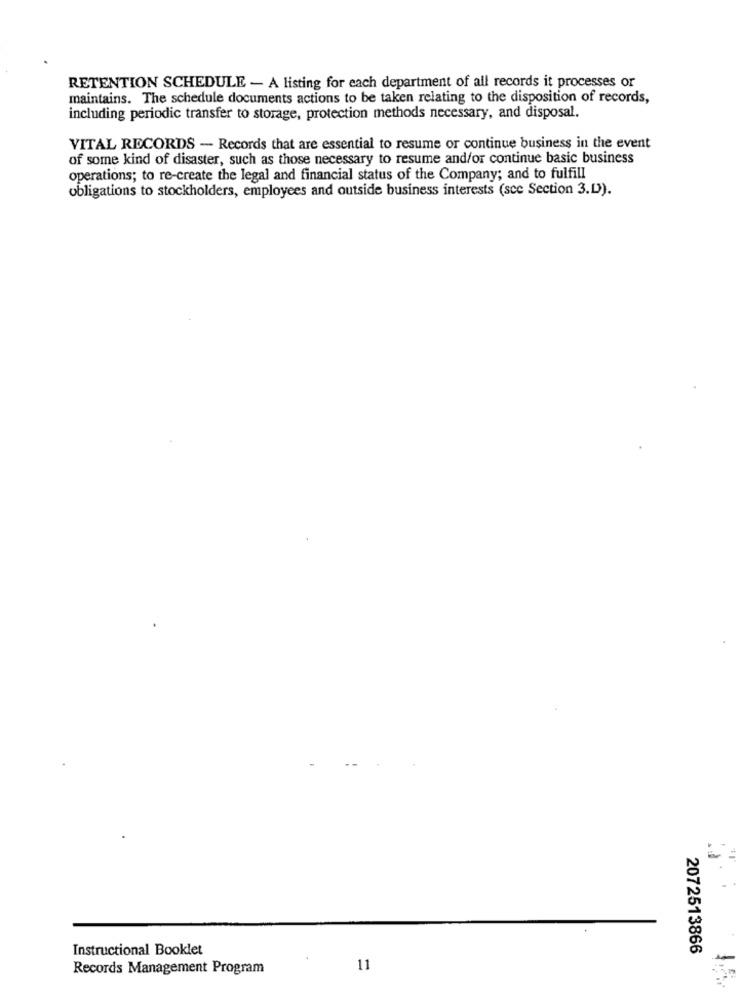
RETENTION SCHEDULE - A listing for each department of all records it processes or
maintains. The schedule documents actions to be taken relating to the disposition of records,
including periodic transfer to storage, protection methods necessary, and disposal.
VITAL RECORDS - Records that are essential to resume or continue business in the event
of some kind of disaster, such as those necessary to resume and/or continue basic business
operations; to re-create the legal and financial status of the Company; and to fulfill
obligations to stockholders, employees and outside business interests (scc Section 3.D)).
Instructional Booklet
2072513866
Records Management Program
11